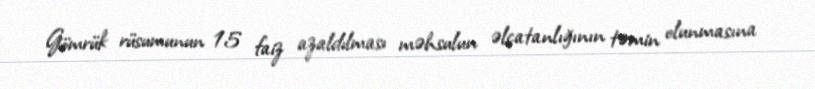
Gömrük rüsumunun 15 faiz azaldılması məhsulun əlçatanlığının təmin olunmasına